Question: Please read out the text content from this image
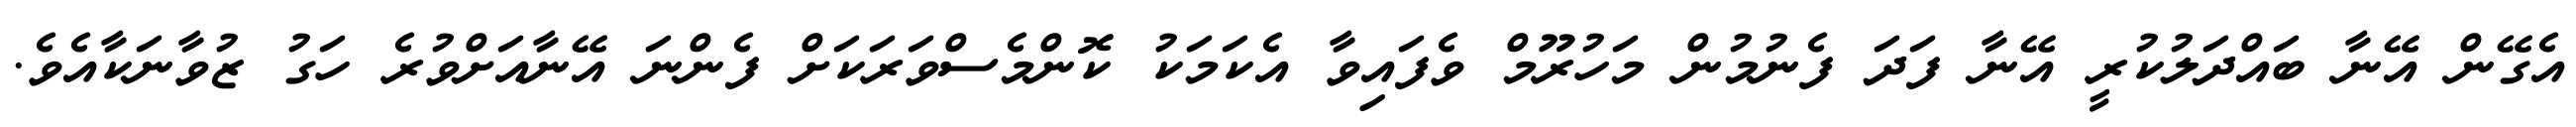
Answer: އެގޭން އޭނާ ބައްދަލުކުރީ އޭނާ ފަދަ ފެނުމުން މަހުރޫމް ވެފައިވާ އެކަމަކު ކޮންމެސްވަރަކަށް ފެންނަ އޭނާއަށްވުރެ ހަގު ޒުވާނަކާއެވެ.